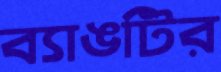
ব্যাঙটির